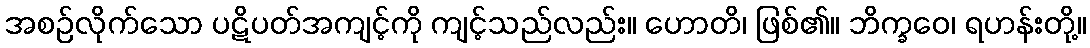
အစဉ်လိုက်သော ပဋိပတ်အကျင့်ကို ကျင့်သည်လည်း။ ဟောတိ၊ ဖြစ်၏။ ဘိက္ခဝေ၊ ရဟန်းတို့။